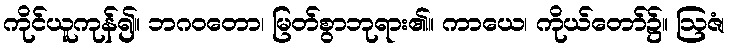
ကိုင်ယူကုန်၍။ ဘဂဝတော၊ မြတ်စွာဘုရား၏။ ကာယေ၊ ကိုယ်တော်၌။ ဩဇံ၊